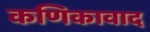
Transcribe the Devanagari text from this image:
कणिकावाद